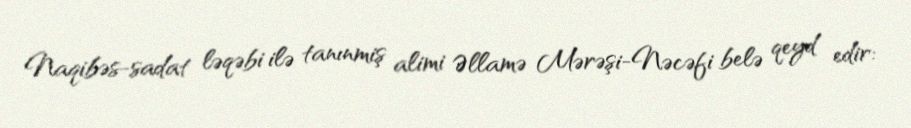
Naqibəs-sadat ləqəbi ilə tanınmiş alimi Əllamə Mərəşi-Nəcəfi belə qeyd edir: